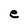
Character: e